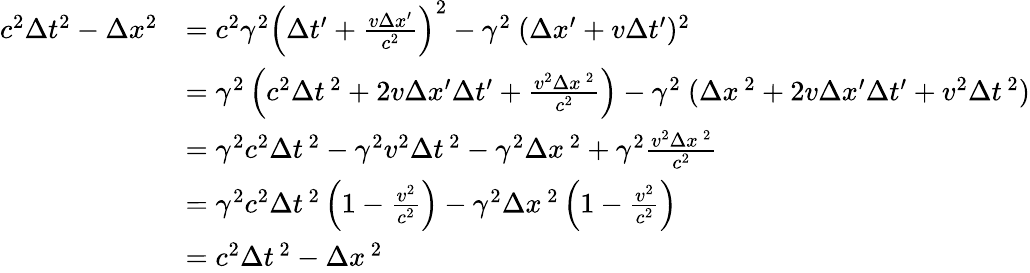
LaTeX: {\begin{array}{rl}{c^{2}\Delta t^{2}-\Delta x^{2}}&{=c^{2}\gamma^{2}\left(\Delta t^{\prime}+{\frac{v\Delta x^{\prime}}{c^{2}}}\right)^{2}-\gamma^{2}\ (\Delta x^{\prime}+v\Delta t^{\prime})^{2}}\\ &{=\gamma^{2}\left(c^{2}\Delta t^{\, 2}+2v\Delta x^{\prime}\Delta t^{\prime}+{\frac{v^{2}\Delta x^{\, 2}}{c^{2}}}\right)-\gamma^{2}\ (\Delta x^{\, 2}+2v\Delta x^{\prime}\Delta t^{\prime}+v^{2}\Delta t^{\, 2})}\\ &{=\gamma^{2}c^{2}\Delta t^{\, 2}-\gamma^{2}v^{2}\Delta t^{\, 2}-\gamma^{2}\Delta x^{\, 2}+\gamma^{2}{\frac{v^{2}\Delta x^{\, 2}}{c^{2}}}}\\ &{=\gamma^{2}c^{2}\Delta t^{\, 2}\left(1-{\frac{v^{2}}{c^{2}}}\right)-\gamma^{2}\Delta x^{\, 2}\left(1-{\frac{v^{2}}{c^{2}}}\right)}\\ &{=c^{2}\Delta t^{\, 2}-\Delta x^{\, 2}}\end{array}}